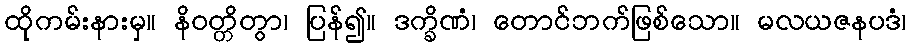
ထိုကမ်းနားမှ။ နိဝတ္တိတွာ၊ ပြန်၍။ ဒက္ခိဏံ၊ တောင်ဘက်ဖြစ်သော။ မလယဇနပဒံ၊